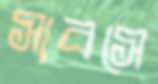
সাবসে